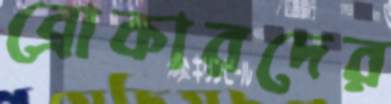
ব্রোকারদের